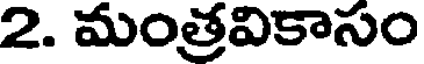
2. మంత్రవికాసం